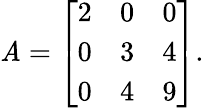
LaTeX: \mathit{A}={\left[\begin{array}{lll}{2}&{0}&{0}\\ {0}&{3}&{4}\\ {0}&{4}&{9}\end{array}\right]}.